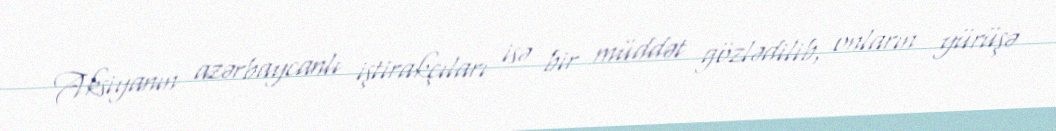
Aksiyanın azərbaycanlı iştirakçıları isə bir müddət gözlədilib, onların yürüşə